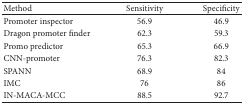
<table><thead><tr><td><b>Method</b></td><td><b>Sensitivity</b></td><td><b>Specificity</b></td></tr></thead><tbody><tr><td>Promoter inspector</td><td>56.9</td><td>46.9</td></tr><tr><td>Dragon promoter finder</td><td>62.3</td><td>59.3</td></tr><tr><td>Promo predictor</td><td>65.3</td><td>66.9</td></tr><tr><td>CNN-promoter</td><td>76.3</td><td>82.3</td></tr><tr><td>SPANN</td><td>68.9</td><td>84</td></tr><tr><td>IMC</td><td>76</td><td>86</td></tr><tr><td>IN-MACA-MCC</td><td>88.5</td><td>92.7</td></tr></tbody></table>